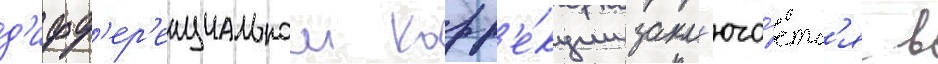
д'ифф'ер'енциальнои корр'е́кции закл'юча́етс'я в